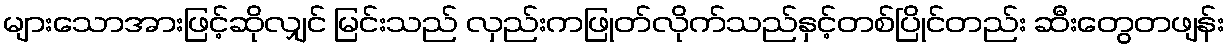
များသောအားဖြင့်ဆိုလျှင် မြင်းသည် လှည်းကဖြုတ်လိုက်သည်နှင့်တစ်ပြိုင်တည်း ဆီးတွေတဖျန်း